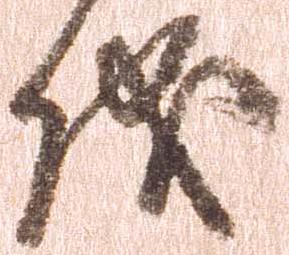
儀